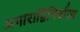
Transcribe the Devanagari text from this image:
अगाराद्विनिर्वास्य